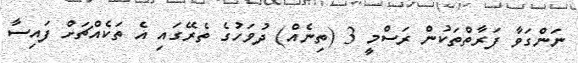
ނަންގަވާ ފަރާތްތަކުން ރަސްމީ 3 (ތިނެއް) ދުވަހުގެ ތެރޭގައި އެ ތަކެއްޗަށް ފައިސާ